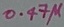
Text: 0.47µ